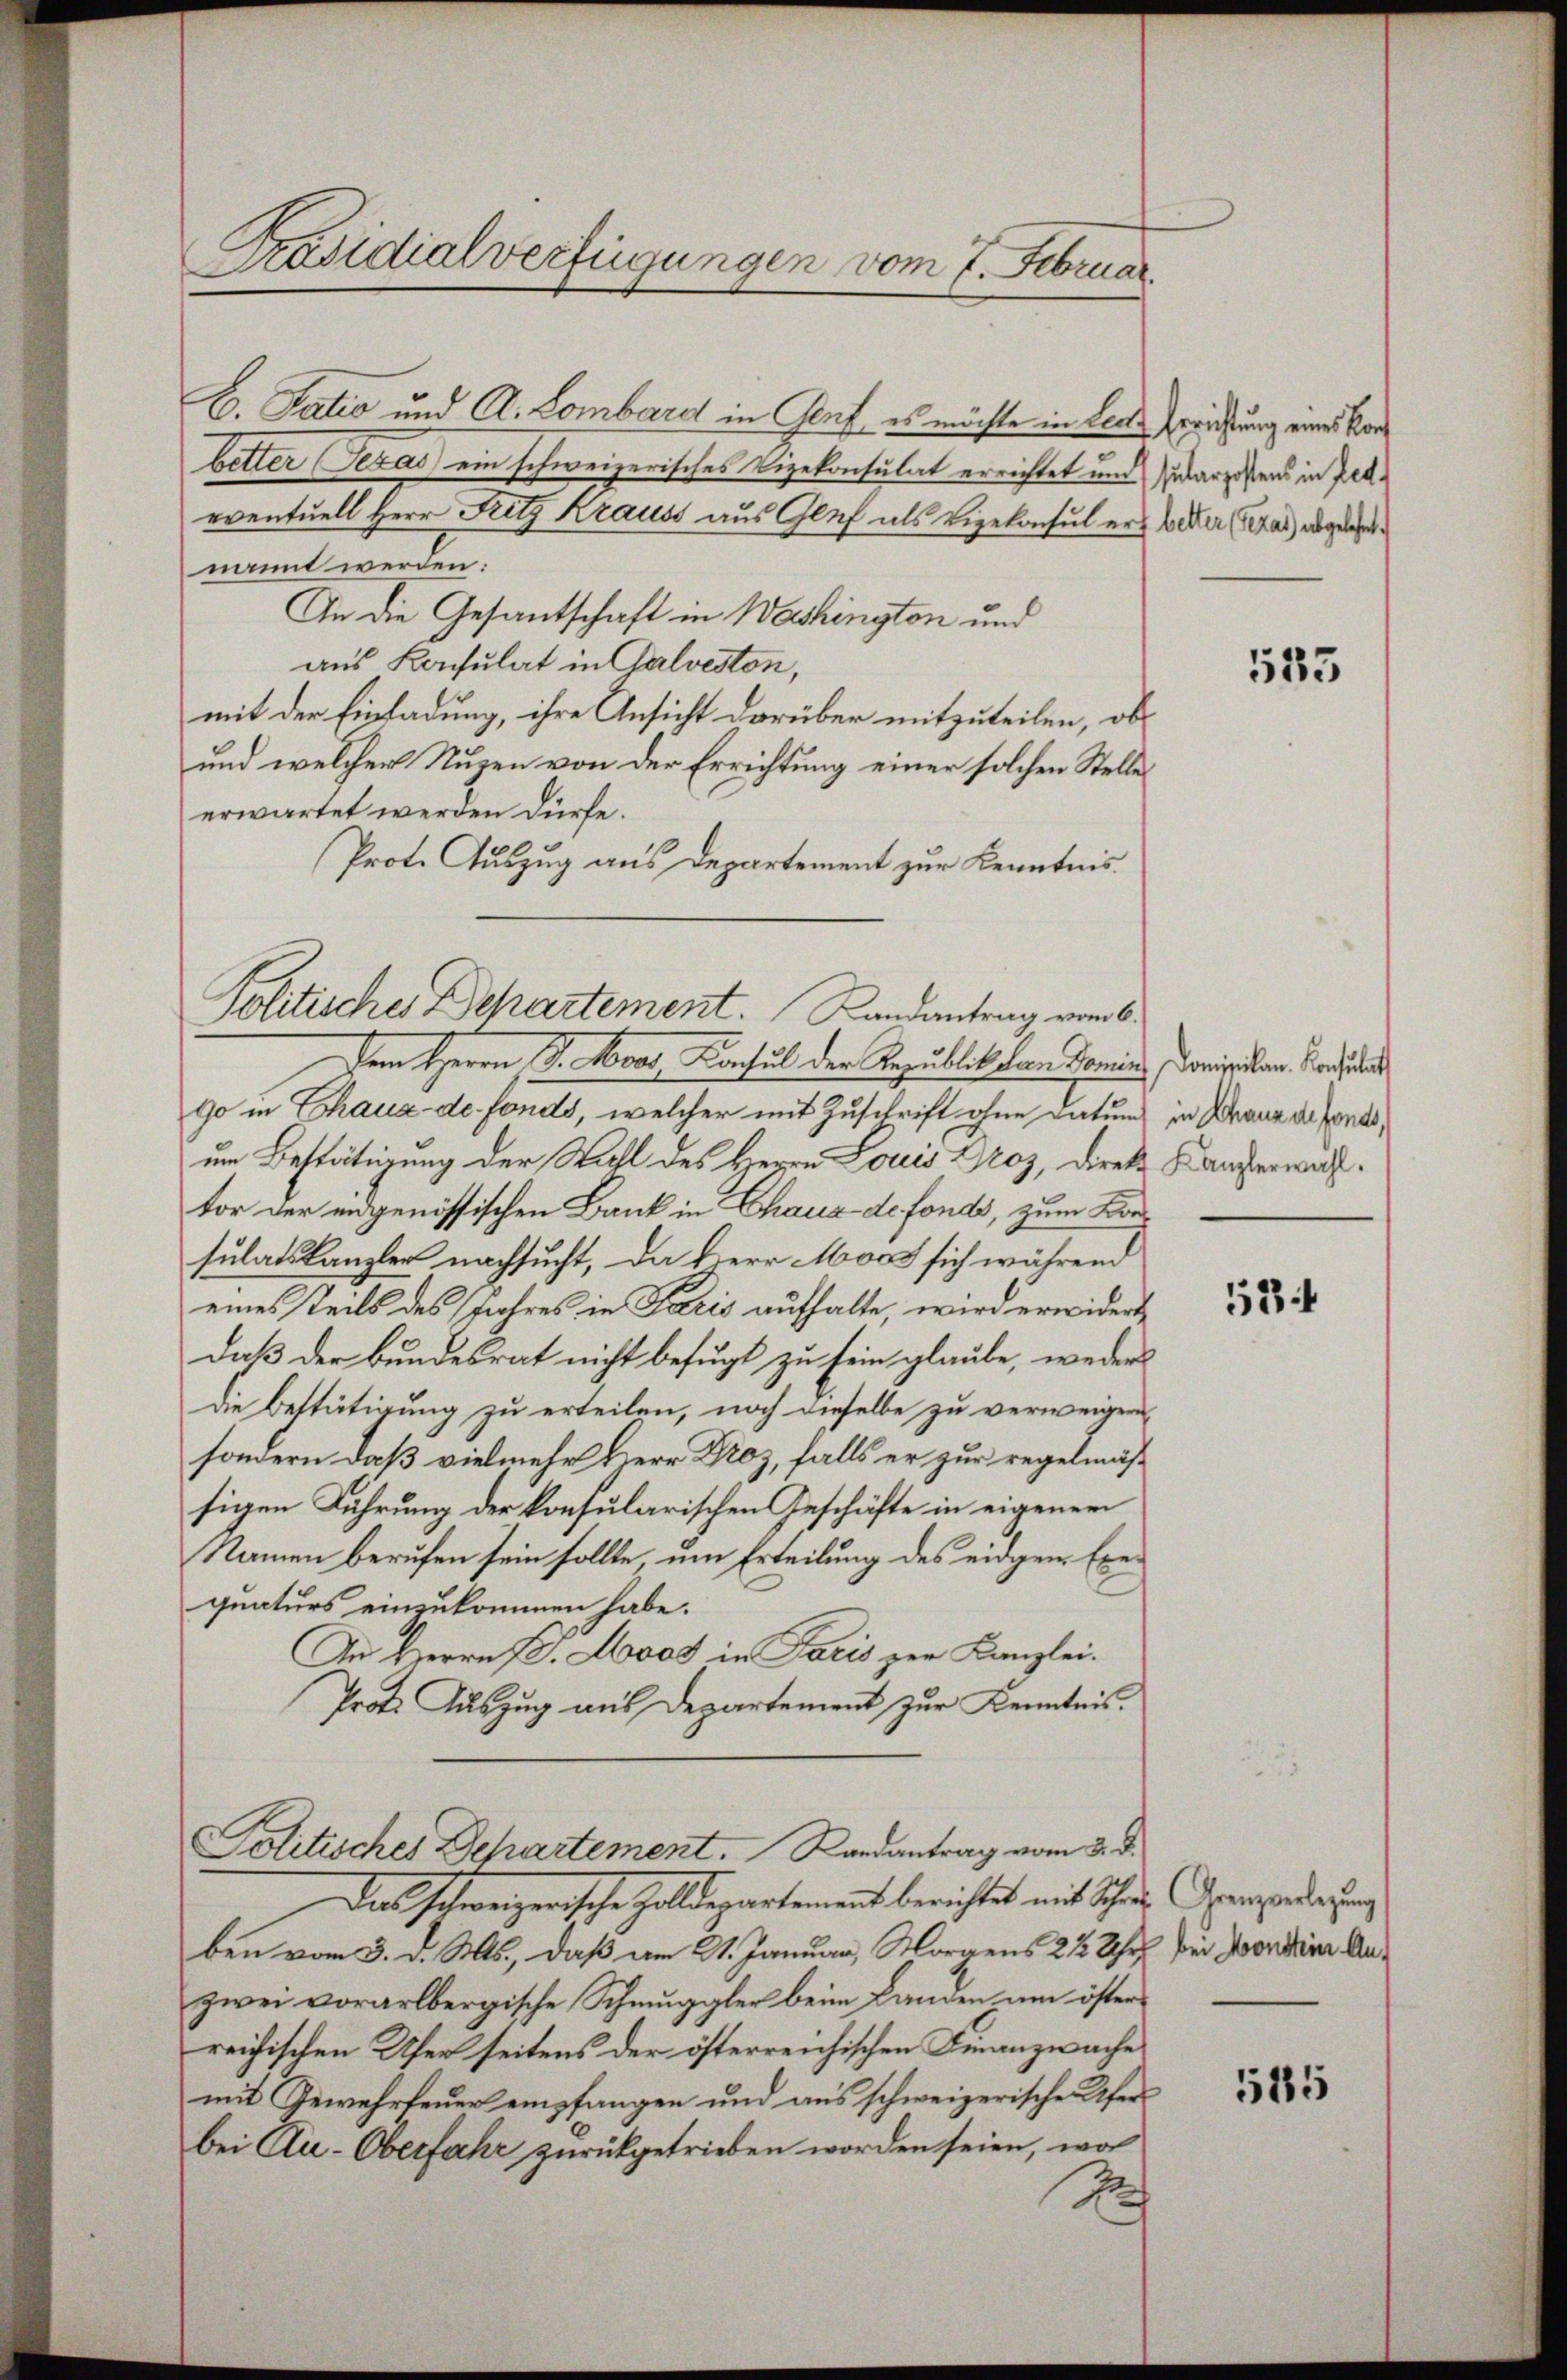
B. Tatio und A. Lombard in Genf, es möchte in Leute Errichtung einer Vors
better Texas ein schweizerisches Vizekonsulat errichtet und zu argestens in Zed
eventuell Herr Fritz Krauss aus Glef als Vizekonsul er beder (a) angele
nannt werden:
In die Gesantschaft in Washington und
aus Konsulat in Galveston,
mit der Einladung, ihre Ansicht darüber mitzuteilen, ob
und welcher Nuzen von der Errichtung einer solchen Stelle
erwartet werden dürfe.
Prot. Auszug aus Departement zur Kenntnis.

Präsidialverfügungen vom 7. Februar.

Politischer Departement. Landantrag vom 6.

Dem Herrn J. Moos, Konsul der Republikation domins, origilan. Kandidat
90 in Chaux-de-Fonds, welcher mit Zuschrift ohne Datum in Schanz de fonds,
um Bestätigung der Wahl des Herrn Louis Droz, direkt Kanzerwahtor der eidgenössischen Bank in Chaus de fonds, zum Kresulatskanzler nachsucht, da Herr Moos sich während
eines steils des Jahres in Paris aufhalte, wird erwidert,
daß der Bundesrat nicht befugt zu sein glaube, weder
die Bestätigung zu erteilen, noch dieselbe zu verweigern,
sondern daß vielmehr Herr Droz, falls er zur regelmässigen Führung der konsularischen Geschäfte in eigenen
Namen berufen sein sollte, um Erteilung des eidgen Exequaturs einzukommen habe.
An Herrn P. Loos in Paris zur Kanzlei.
Prot. Auszug aus Departement zur Kenntnis.
Politisches Departement. Randantrag vom 3. d.
Das schweizerische Zolldepartement berichtes mit Schwere Grenzenderung
ben vom 3. d. Mts., daß am 21. Januar, Morgens 22 Uhr bei Forden Anzwei vorarlbergische Schmuggler beim Banden um österreichischen Ufer seitens der österreichischen Finanzwache
mit Gewehrfeuer empfangen und aus schweizerische Ufer
bei Au-Oberfahr zurückgetrieben worden seien, wo
1

533

524

585